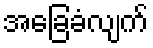
အခြေခံလျက်